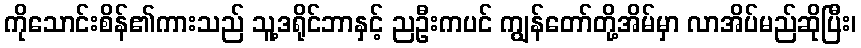
ကိုသောင်းစိန်၏ကားသည် သူ့ဒရိုင်ဘာနှင့် ညဦးကပင် ကျွန်တော်တို့အိမ်မှာ လာအိပ်မည်ဆိုပြီး၊